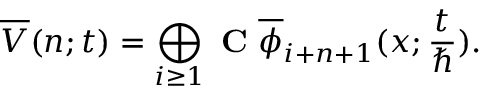
\overline { { { V } } } ( n ; t ) = \bigoplus _ { i \geq 1 } \mathrm { ~ \bf { C } ~ } \overline { { { \phi } } } _ { i + n + 1 } ( x ; \frac { t } { \hbar } ) .